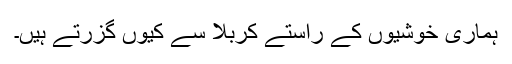
ہماری خوشیوں کے راستے کربلا سے کیوں گزرتے ہیں۔